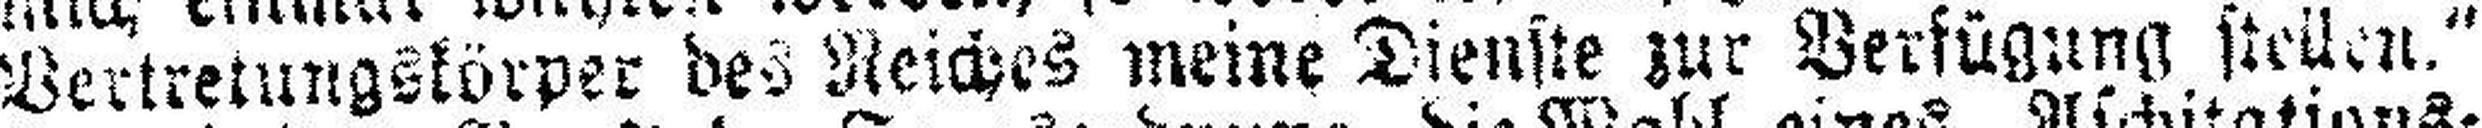
Vertretungskörper des Reiches meine Dienste zur Verfügung stellen.“